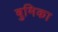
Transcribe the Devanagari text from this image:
बुमिका